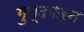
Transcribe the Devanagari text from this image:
गुन्दफर्न